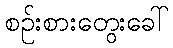
စဉ်းစားတွေးခေါ်